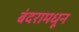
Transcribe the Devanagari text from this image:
बंदरामधून